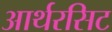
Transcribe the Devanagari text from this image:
आर्थरसिट